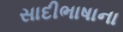
સાદીભાષાના